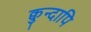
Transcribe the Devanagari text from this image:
क्वुन्दापि